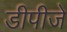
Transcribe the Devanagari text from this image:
डीपीजे